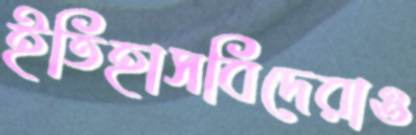
ইতিহাসবিদেরাও